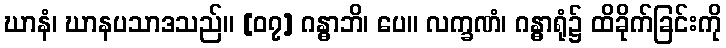
ဃာနံ၊ ဃာနပသာဒသည်။ [၀၇] ဂန္ဓာဘိ၊ ပေ။ လက္ခဏံ၊ ဂန္ဓာရုံ၌ ထိခိုက်ခြင်းကို